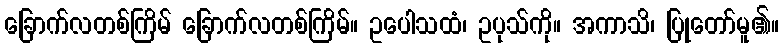
ခြောက်လတစ်ကြိမ် ခြောက်လတစ်ကြိမ်။ ဥပေါသထံ၊ ဥပုသ်ကို။ အကာသိ၊ ပြုတော်မူ၏။